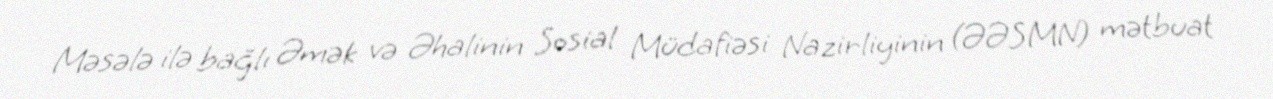
Məsələ ilə bağlı Əmək və Əhalinin Sosial Müdafiəsi Nazirliyinin (ƏƏSMN) mətbuat